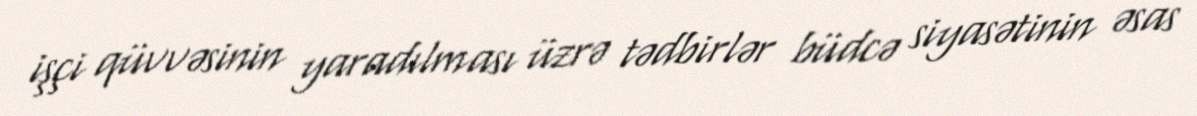
işçi qüvvəsinin yaradılması üzrə tədbirlər büdcə siyasətinin əsas